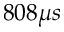
8 0 8 \mu s